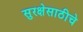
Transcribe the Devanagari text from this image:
सुरक्षेसाठीचे